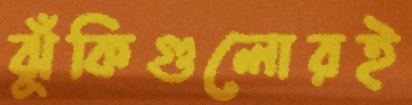
ঝুঁকিগুলোরই